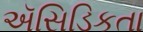
ઍસિડિકતા